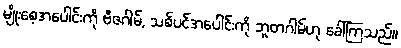
မျိုးစေ့အပေါင်းကို ဗီဇဂါမ်, သစ်ပင်အပေါင်းကို ဘူတဂါမ်ဟု ခေါ်ကြသည်။